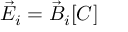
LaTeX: \vec { E } _ { i } = \vec { B } _ { i } [ C ]